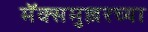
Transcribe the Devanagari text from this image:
मॅक्समुल्लरच्या